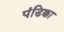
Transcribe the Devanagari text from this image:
पंडिक्का